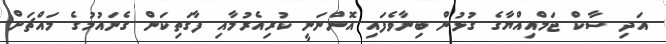
އަދި ސާކް ޖަމްއިއްޔާގެ ގުޅުން ބިނާވެފައި އޮންނަނީ ކުރިއެރުމާއި ފާގަތިކަން ގެނައުމުގެ މައްޗަށް